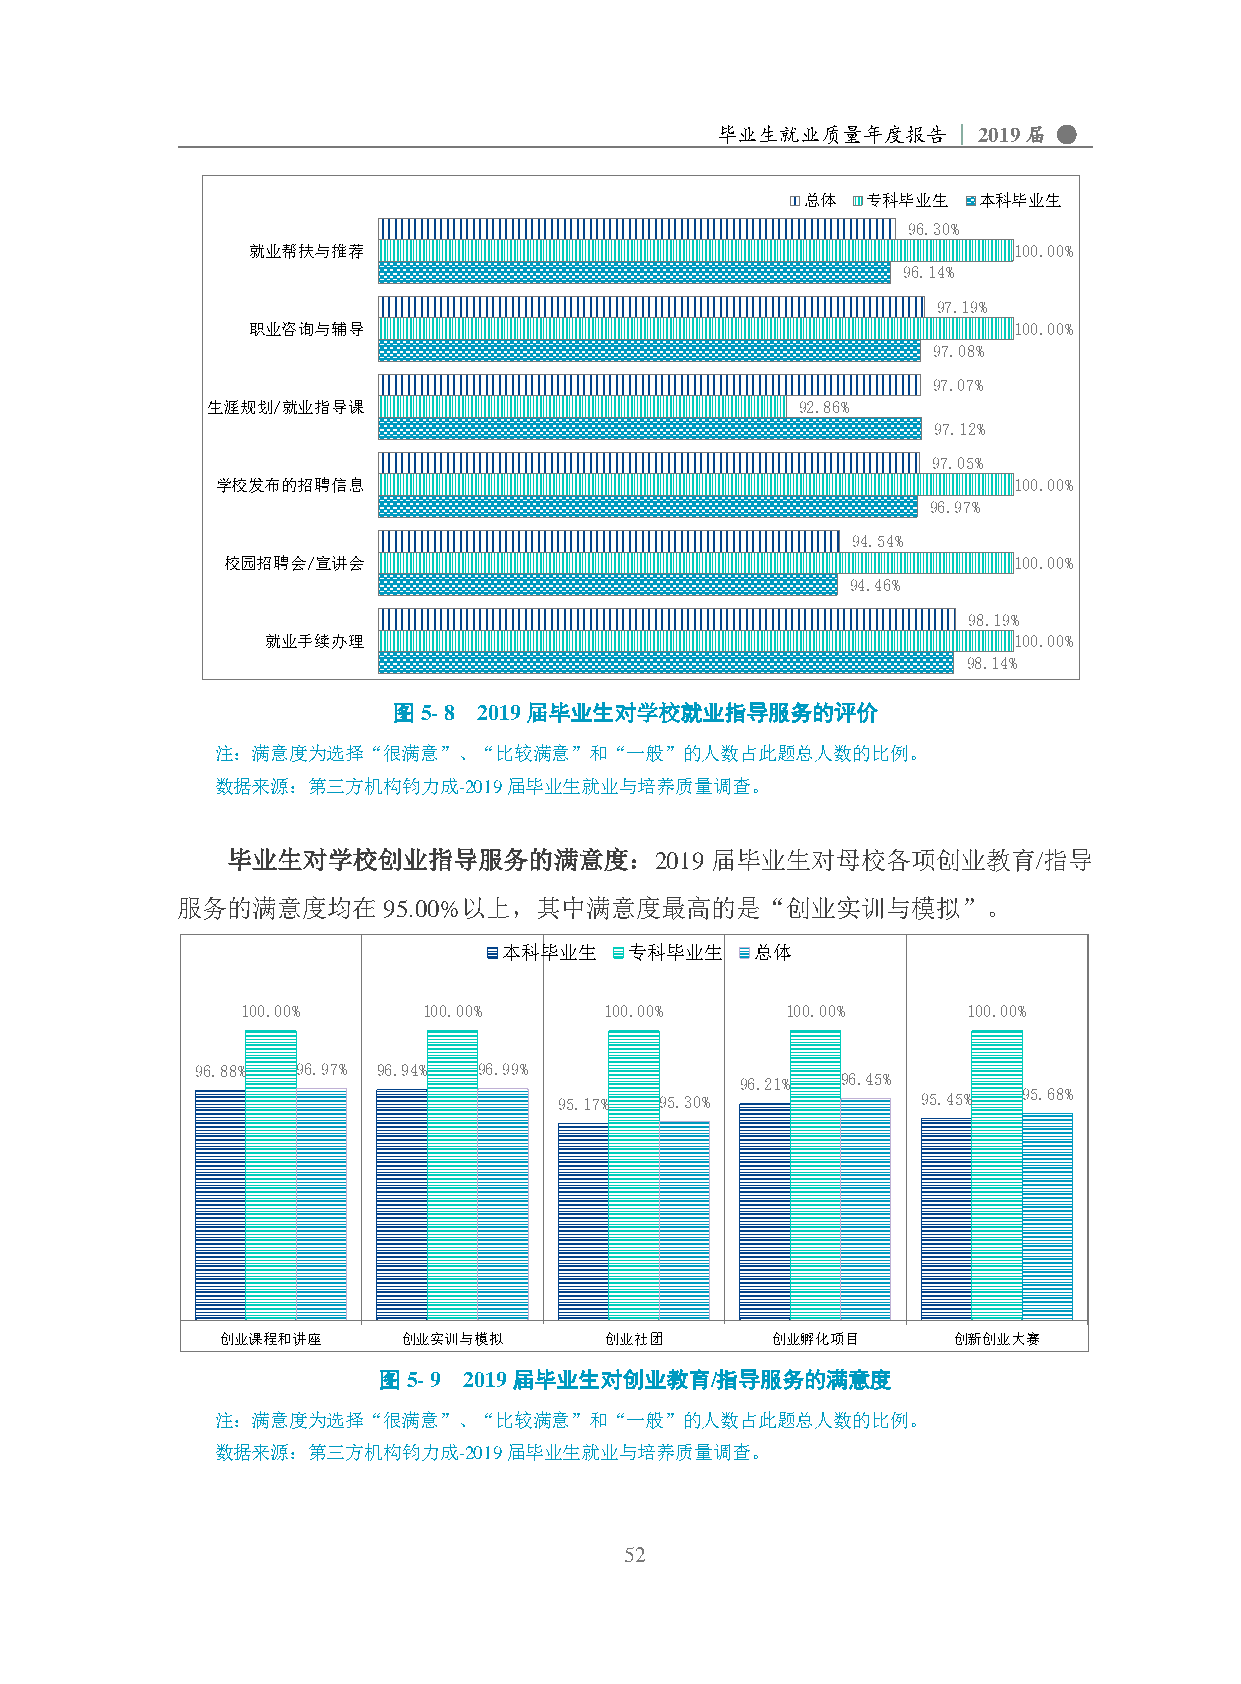
毕业生就业质量年度报告     | 2019届 ●
 总体  专科毕业生   本科毕业生
 96.30%
 就业帮扶与推荐                                            100.00%
 96.14%
 97.19%
 职业咨询与辅导                                            100.00%
 97.08%
 97.07%
 生涯规划/就业指导课                             92.86%
 97.12%
 97.05%
 学校发布的招聘信息                                            100.00%
 96.97%
 94.54%
 校园招聘会/宣讲会                                           100.00%
 94.46%
 98.19%
 就业手续办理                                           100.00%
 98.14%
 图5- 8 2019届毕业生对学校就业指导服务的评价
 注：满意度为选择“很满意”、“比较满意”和“一般”的人数占此题总人数的比例。
 数据来源：第三方机构钧力成-2019届毕业生就业与培养质量调查。
 毕业生对学校创业指导服务的满意度：2019           届毕业生对母校各项创业教育/指导
 服务的满意度均在95.00%以上，其中满意度最高的是“创业实训与模拟”。
 本科毕业生    专科毕业生   总体
 100.00%     100.00%     100.00%     100.00%     100.00%
 96.88% 96.97% 96.94% 96.99%
 96.21% 96.45%
 95.17% 95.30%           95.45% 95.68%
 创业课程和讲座     创业实训与模拟      创业社团       创业孵化项目      创新创业大赛
 图5- 9 2019届毕业生对创业教育/指导服务的满意度
 注：满意度为选择“很满意”、“比较满意”和“一般”的人数占此题总人数的比例。
 数据来源：第三方机构钧力成-2019届毕业生就业与培养质量调查。
 52